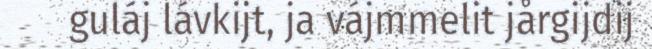
guláj lávkijt, ja vájmmelit jårgijdij